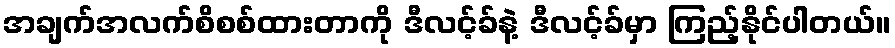
အချက်အလက်စိစစ်ထားတာကို ဒီလင့်ခ်နဲ့ ဒီလင့်ခ်မှာ ကြည့်နိုင်ပါတယ်။